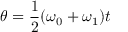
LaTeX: \theta = { \frac { 1 } { 2 } } ( \omega _ { 0 } + \omega _ { 1 } ) t